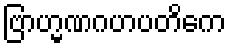
ဗြာဟ္မဏဂဟပတိကေ